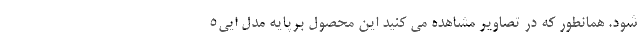
شود. همانطور که در تصاویر مشاهده می کنید این محصول برپایه مدل ایی5